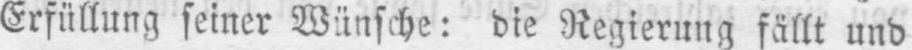
Erfüllung seiner Wünsche: die Regierung fällt und